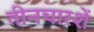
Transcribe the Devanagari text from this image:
तीनचारशें